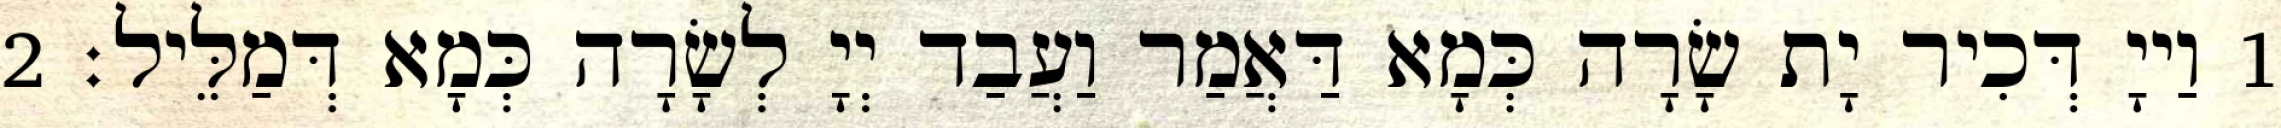
1 וַייָ דְּכִיר יָת שָׂרָה כְּמָא דַּאֲמַר וַעֲבַד יְיָ לְשָׂרָה כְּמָא דְּמַלֵּיל׃ 2